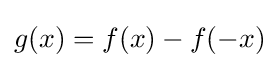
g(x)=f(x)-f(-x)